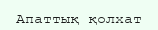
Апаттық қолхат